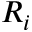
R _ { i }